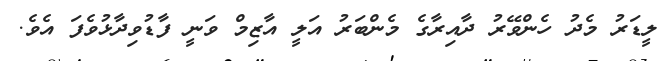
ލީޑަރު މެދު ހެންވޭރު ދާއިރާގެ މެންބަރު އަލީ އާޒިމް ވަނީ ފާޑުވިދާޅުވެފަ އެވެ.